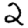
Digit: 2